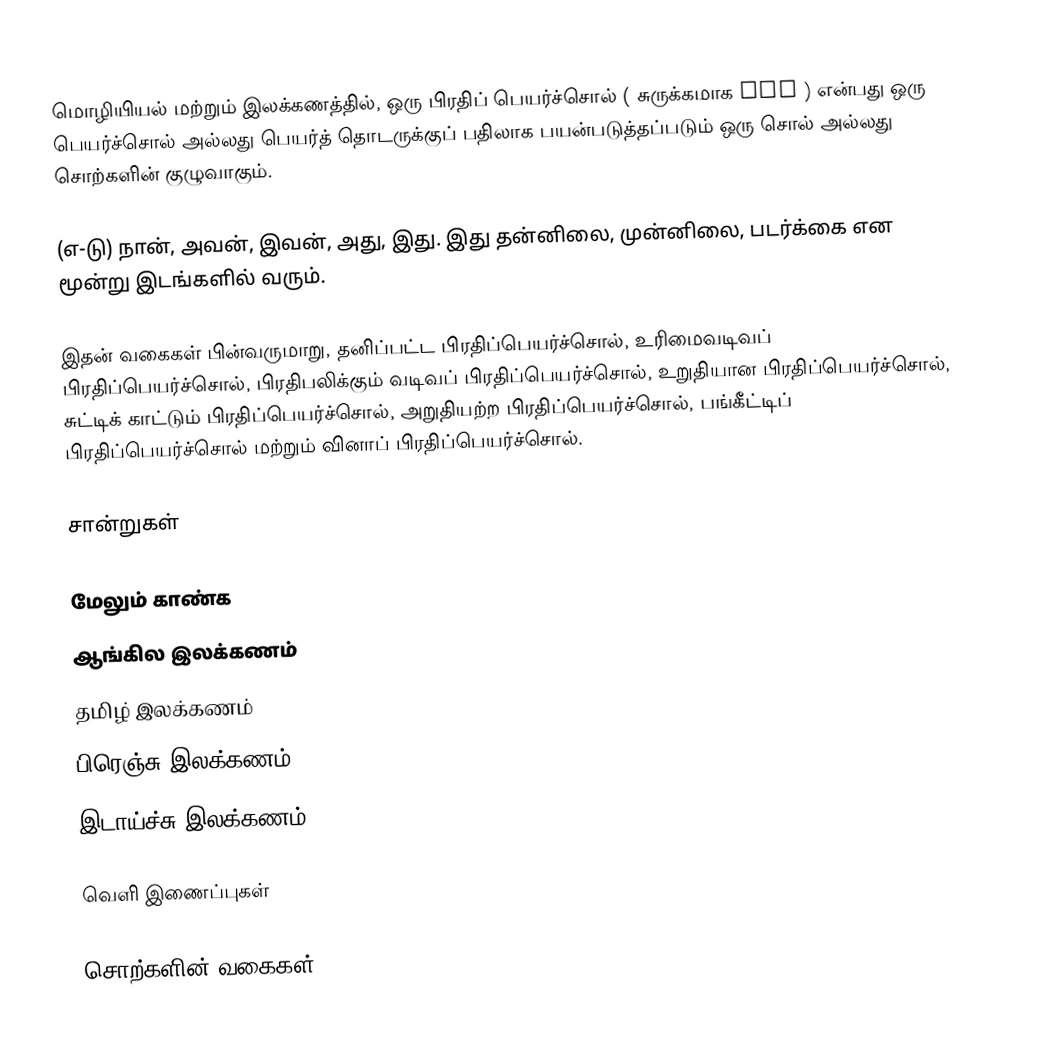
மொழியியல் மற்றும் இலக்கணத்தில், ஒரு பிரதிப் பெயர்ச்சொல் ( சுருக்கமாக PRO ) என்பது ஒரு பெயர்ச்சொல் அல்லது பெயர்த் தொடருக்குப் பதிலாக பயன்படுத்தப்படும் ஒரு சொல் அல்லது சொற்களின் குழுவாகும்.

(எ-டு) நான், அவன், இவன், அது, இது. இது தன்னிலை, முன்னிலை, படர்க்கை என மூன்று இடங்களில் வரும்.

இதன் வகைகள் பின்வருமாறு, தனிப்பட்ட பிரதிப்பெயர்ச்சொல், உரிமைவடிவப் பிரதிப்பெயர்ச்சொல், பிரதிபலிக்கும் வடிவப் பிரதிப்பெயர்ச்சொல், உறுதியான பிரதிப்பெயர்ச்சொல், சுட்டிக் காட்டும் பிரதிப்பெயர்ச்சொல், அறுதியற்ற பிரதிப்பெயர்ச்சொல், பங்கீட்டிப் பிரதிப்பெயர்ச்சொல் மற்றும் வினாப் பிரதிப்பெயர்ச்சொல்.

சான்றுகள்

மேலும் காண்க
ஆங்கில இலக்கணம்
தமிழ் இலக்கணம்
பிரெஞ்சு இலக்கணம்
இடாய்ச்சு இலக்கணம்

வெளி இணைப்புகள்

சொற்களின் வகைகள்